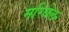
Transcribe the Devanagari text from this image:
मरिबेल